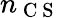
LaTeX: n_{\mathrm{~C~S~}}